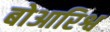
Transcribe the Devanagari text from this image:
बोआरिश्व